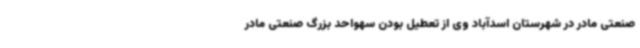
صنعتی مادر در شهرستان اسدآباد وی از تعطیل بودن سهواحد بزرگ صنعتی مادر